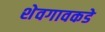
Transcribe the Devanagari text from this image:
शेवगावकडे